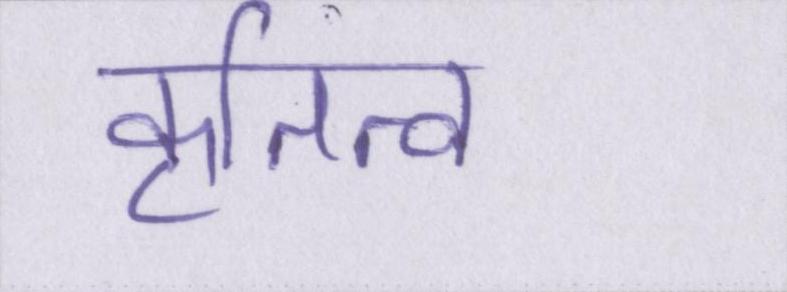
कृतित्व